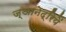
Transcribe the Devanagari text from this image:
ज्ञानेद्रियें